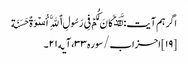
اگر ہم آیت: لَّقَدۡ کَانَ لَکُمۡ فِی رَسُولِ ٱللَّهِ أُسۡوَةٌ حَسَنَة
[۱۹] احزاب/سوره۳۳، آیه۲۱۔